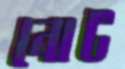
নোট